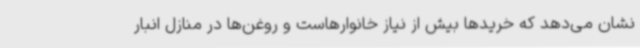
نشان می‌دهد که خریدها بیش از نیاز خانوارهاست و روغن‌ها در منازل انبار